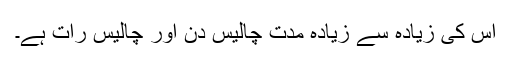
اس کی زیادہ سے زیادہ مدت چالیس دن اور چالیس رات ہے۔